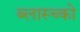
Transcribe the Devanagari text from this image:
ब्लास्च्को